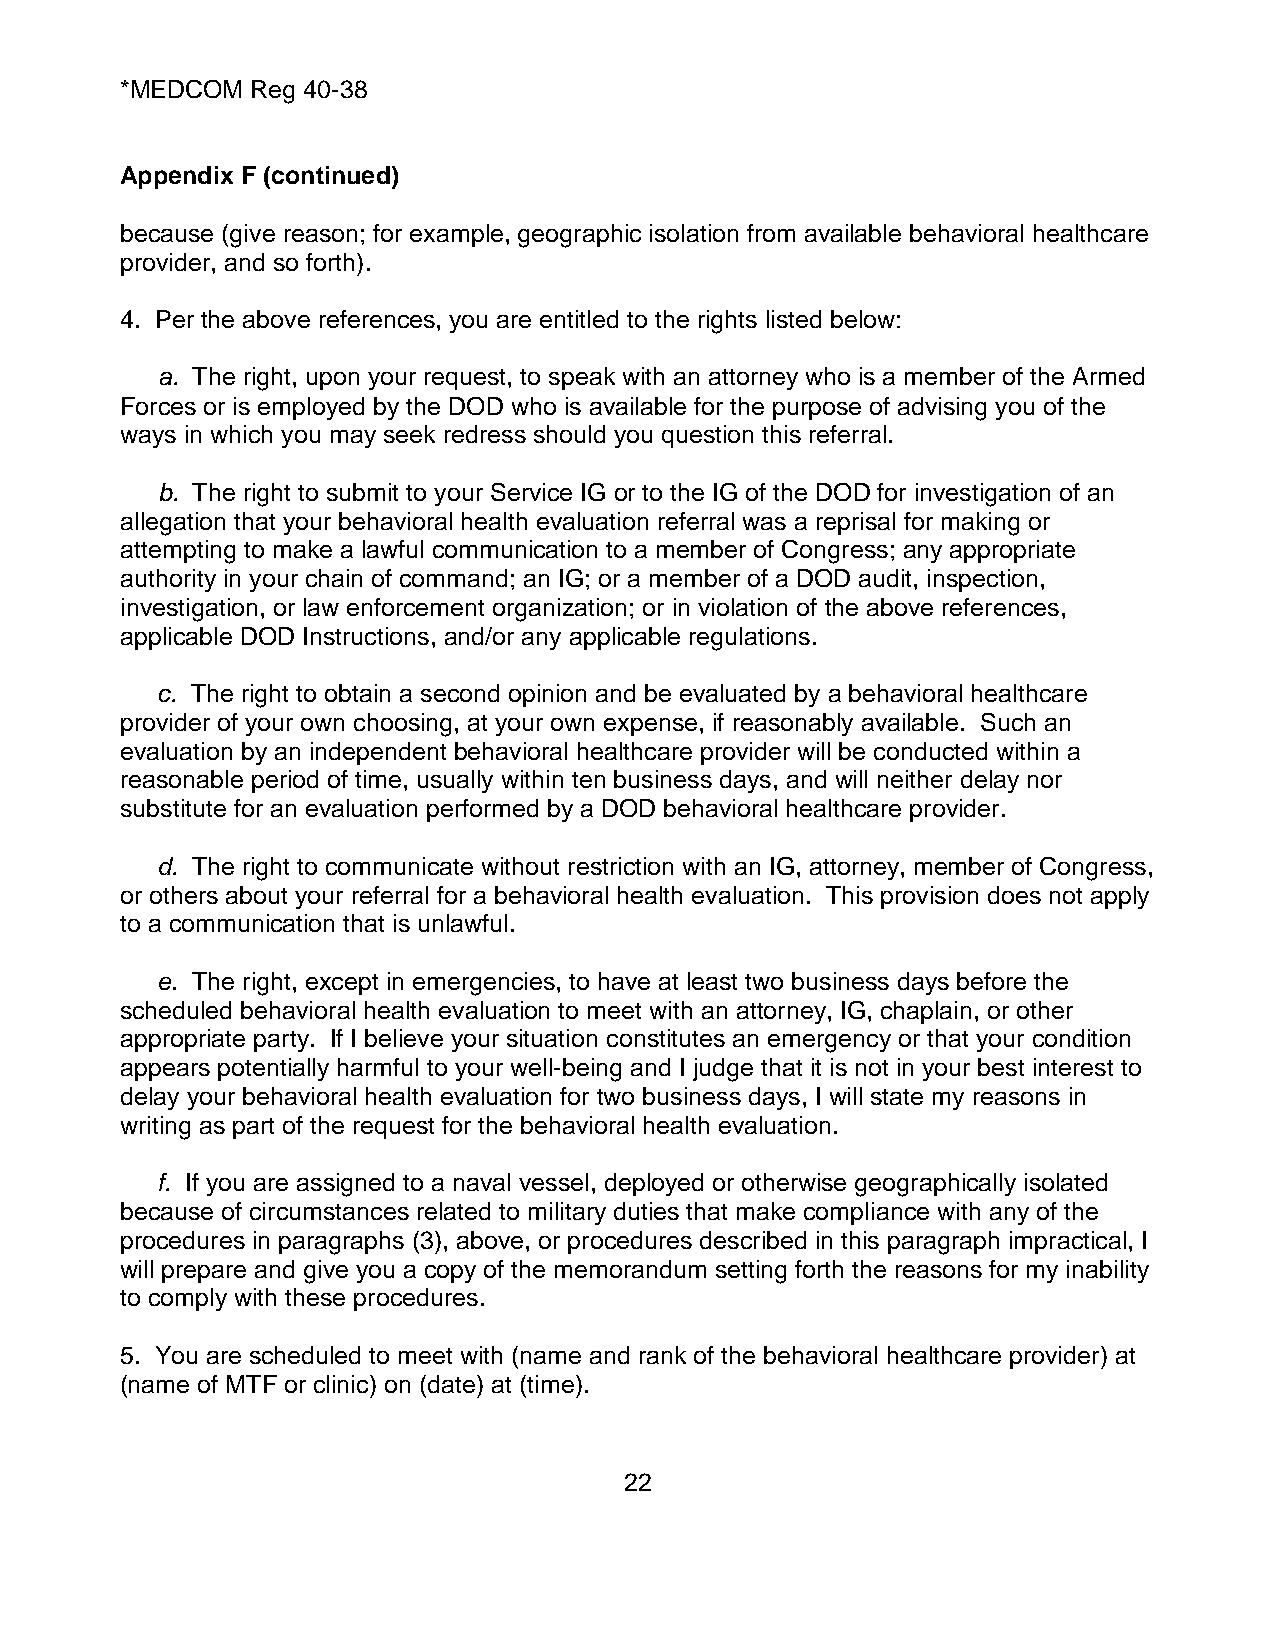
*MEDCOM  Reg 40-38
 Appendix F (continued)
 because (give reason; for example, geographic isolation from available behavioral healthcare
 provider, and so forth).
 4. Per the above references, you are entitled to the rights listed below:
 a. The right, upon your request, to speak with an attorney who is a member of the Armed
 Forces or is employed by the DOD who is available for the purpose of advising you of the
 ways in which you may seek redress should you question this referral.
 b. The right to submit to your Service IG or to the IG of the DOD for investigation of an
 allegation that your behavioral health evaluation referral was a reprisal for making or
 attempting to make a lawful communication to a member of Congress; any appropriate
 authority in your chain of command; an IG; or a member of a DOD audit, inspection,
 investigation, or law enforcement organization; or in violation of the above references,
 applicable DOD Instructions, and/or any applicable regulations.
 c. The right to obtain a second opinion and be evaluated by a behavioral healthcare
 provider of your own choosing, at your own expense, if reasonably available. Such an
 evaluation by an independent behavioral healthcare provider will be conducted within a
 reasonable period of time, usually within ten business days, and will neither delay nor
 substitute for an evaluation performed by a DOD behavioral healthcare provider.
 d. The right to communicate without restriction with an IG, attorney, member of Congress,
 or others about your referral for a behavioral health evaluation. This provision does not apply
 to a communication that is unlawful.
 e. The right, except in emergencies, to have at least two business days before the
 scheduled behavioral health evaluation to meet with an attorney, IG, chaplain, or other
 appropriate party. If I believe your situation constitutes an emergency or that your condition
 appears potentially harmful to your well-being and I judge that it is not in your best interest to
 delay your behavioral health evaluation for two business days, I will state my reasons in
 writing as part of the request for the behavioral health evaluation.
 f. If you are assigned to a naval vessel, deployed or otherwise geographically isolated
 because of circumstances related to military duties that make compliance with any of the
 procedures in paragraphs (3), above, or procedures described in this paragraph impractical, I
 will prepare and give you a copy of the memorandum setting forth the reasons for my inability
 to comply with these procedures.
 5. You are scheduled to meet with (name and rank of the behavioral healthcare provider) at
 (name of MTF or clinic) on (date) at (time).
 22